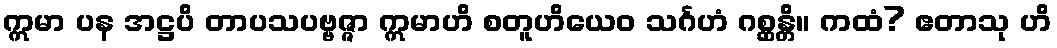
ဣမာ ပန အဋ္ဌပိ တာပသပဗ္ဗဇ္ဇာ ဣမာဟိ စတူဟိယေဝ သင်္ဂဟံ ဂစ္ဆန္တိ။ ကထံ? ဧတာသု ဟိ